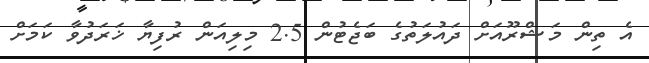
އެ ތިން މަޝްރޫއަށް ދައުލަތުގެ ބަޖެޓުން 2.5 މިލިއަން ރުފިޔާ ޚަރަދުވާ ކަމަށް